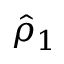
\hat { \rho } _ { 1 }